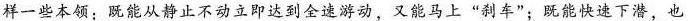
样一些本领：既能从静止不动立即达到全速游动，又能马上”刹车”；既能快速下潜，也